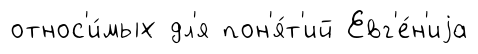
относ'и́мых дл'я пон'я́т'ий Евг'е́н'иjа